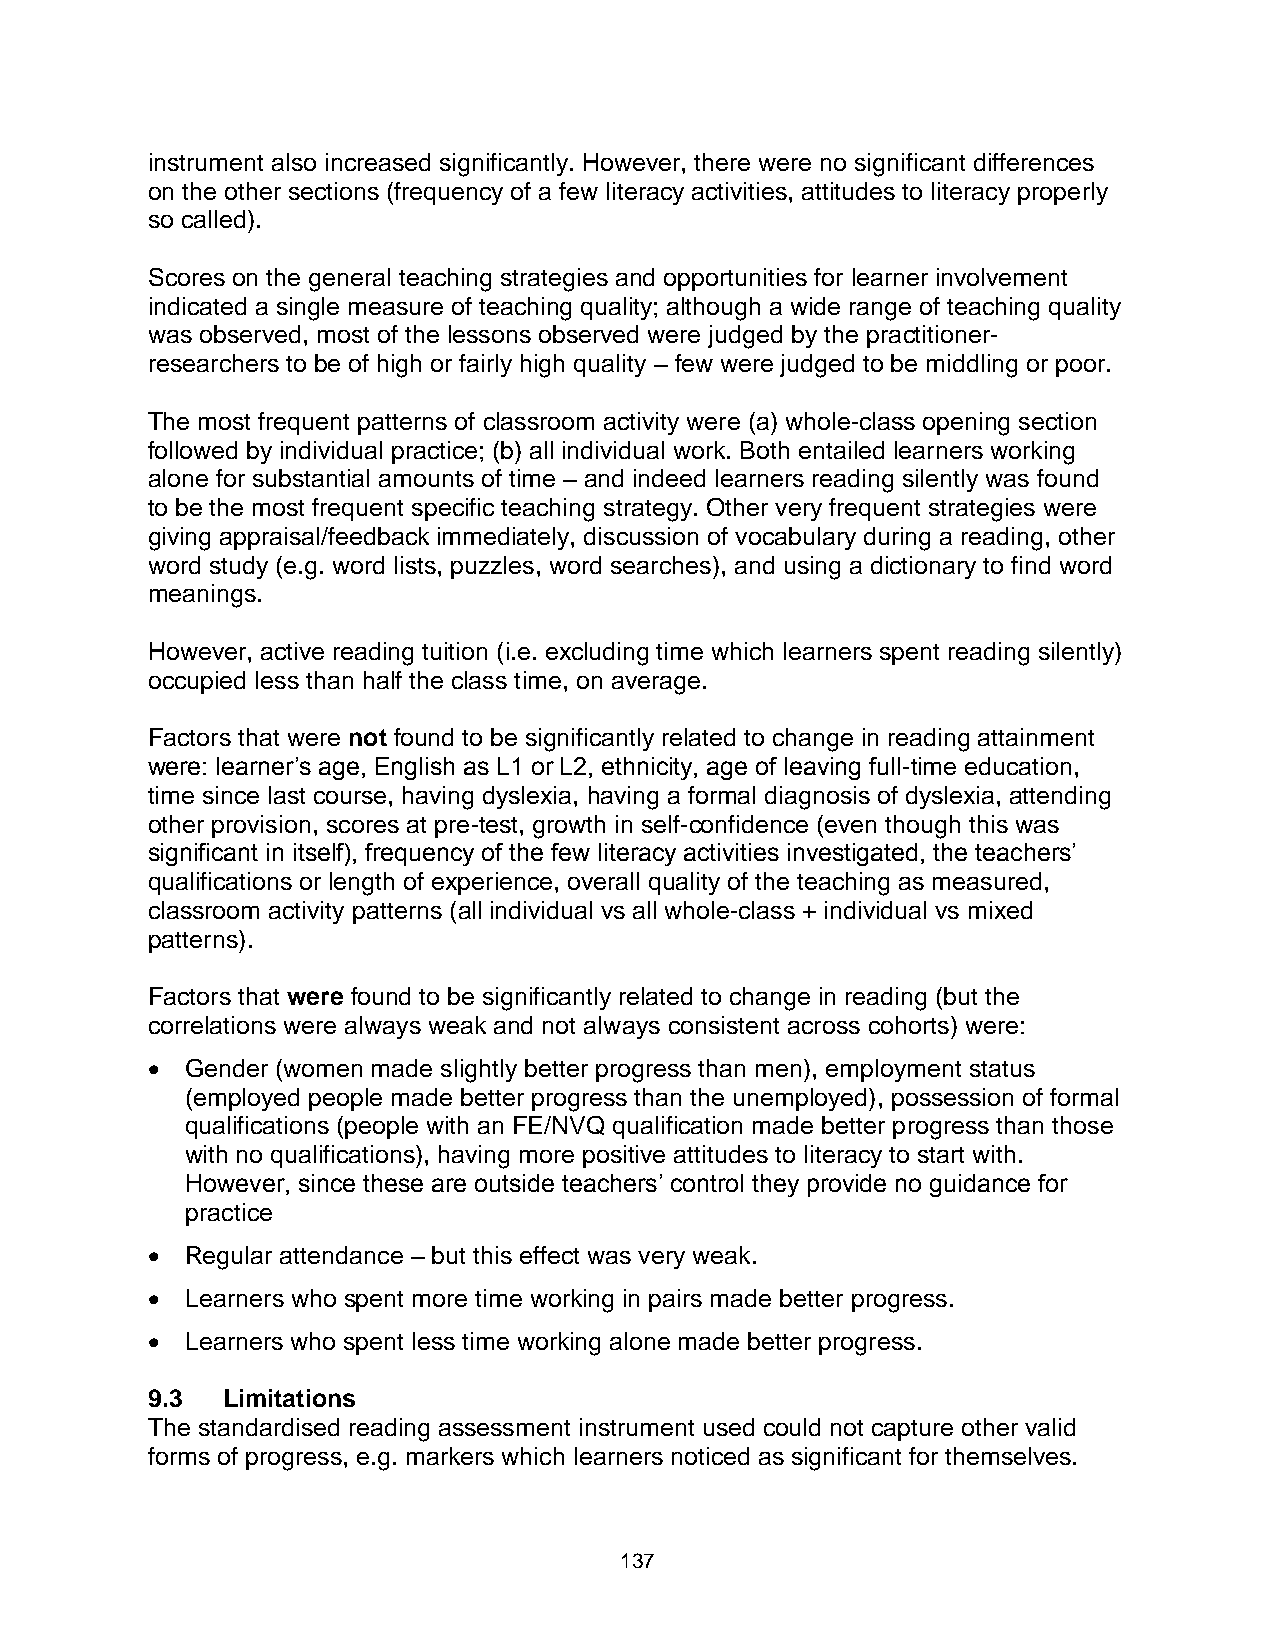
instrument also increased significantly. However, there were no significant differences
 on the other sections (frequency of a few literacy activities, attitudes to literacy properly
 so called).
 Scores on the general teaching strategies and opportunities for learner involvement
 indicated a single measure of teaching quality; although a wide range of teaching quality
 was observed, most of the lessons observed were judged by the practitioner-
 researchers to be of high or fairly high quality – few were judged to be middling or poor.
 The most frequent patterns of classroom activity were (a) whole-class opening section
 followed by individual practice; (b) all individual work. Both entailed learners working
 alone for substantial amounts of time – and indeed learners reading silently was found
 to be the most frequent specific teaching strategy. Other very frequent strategies were
 giving appraisal/feedback immediately, discussion of vocabulary during a reading, other
 word study (e.g. word lists, puzzles, word searches), and using a dictionary to find word
 meanings.
 However, active reading tuition (i.e. excluding time which learners spent reading silently)
 occupied less than half the class time, on average.
 Factors that were not found to be significantly related to change in reading attainment
 were: learner’s age, English as L1 or L2, ethnicity, age of leaving full-time education,
 time since last course, having dyslexia, having a formal diagnosis of dyslexia, attending
 other provision, scores at pre-test, growth in self-confidence (even though this was
 significant in itself), frequency of the few literacy activities investigated, the teachers’
 qualifications or length of experience, overall quality of the teaching as measured,
 classroom activity patterns (all individual vs all whole-class + individual vs mixed
 patterns).
 Factors that were found to be significantly related to change in reading (but the
 correlations were always weak and not always consistent across cohorts) were:
  Gender (women made slightly better progress than men), employment status
 (employed people made better progress than the unemployed), possession of formal
 qualifications (people with an FE/NVQ qualification made better progress than those
 with no qualifications), having more positive attitudes to literacy to start with.
 However, since these are outside teachers’ control they provide no guidance for
 practice
  Regular attendance – but this effect was very weak.
  Learners who spent more time working in pairs made better progress.
  Learners who spent less time working alone made better progress.
 9.3  Limitations
 The standardised reading assessment instrument used could not capture other valid
 forms of progress, e.g. markers which learners noticed as significant for themselves.
 137